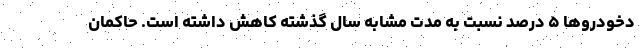
دخودروها ۵ درصد نسبت به مدت مشابه سال گذشته کاهش ‌داشته است. حاکمان